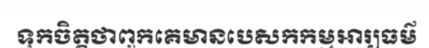
ទុកចិត្តថាពួកគេមានបេសកកម្មអារ្យធម៌